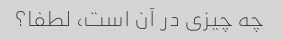
چه چیزی در آن است، لطفا؟